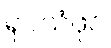
ရုပ်သံဖိုင်